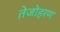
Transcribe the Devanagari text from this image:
तेजोहरण